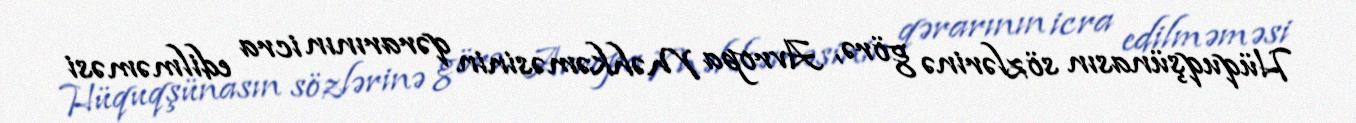
Hüquqşünasın sözlərinə görə, Avropa Məhkəməsinin qərarının icra edilməməsi